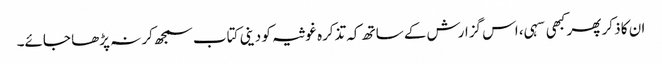
ان کا ذکر پھر کبھی سہی، اس گزارش کے ساتھ کہ تذکرہ غوثیہ کو دینی کتاب سمجھ کر نہ پڑھا جائے۔